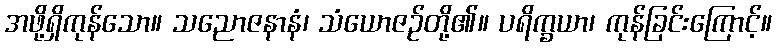
အဖို့ရှိကုန်သော။ သညောဇနာနံ၊ သံယောဇဉ်တို့၏။ ပရိက္ခယာ၊ ကုန်ခြင်းကြောင့်။